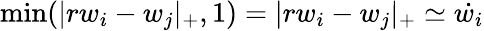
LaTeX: \operatorname*{min}(|rw_{i}-w_{j}|_{+},1)=|rw_{i}-w_{j}|_{+}\simeq\dot{w_{i}}